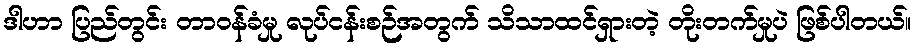
ဒါဟာ ပြည်တွင်း တာဝန်ခံမှု လုပ်ငန်းစဉ်အတွက် သိသာထင်ရှားတဲ့ တိုးတက်မှုပဲ ဖြစ်ပါတယ်။